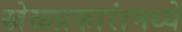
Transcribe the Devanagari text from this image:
खेळप्रकारांमध्ये